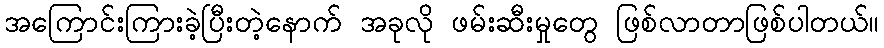
အကြောင်းကြားခဲ့ပြီးတဲ့နောက် အခုလို ဖမ်းဆီးမှုတွေ ဖြစ်လာတာဖြစ်ပါတယ်။